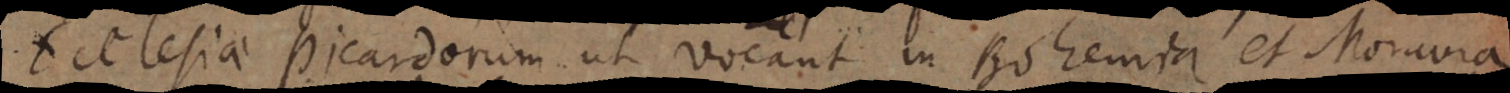
clesiae Picardorum ut vocant in Bohemia et Moravia